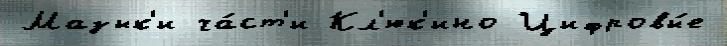
Мазык'и ча́ст'и Кл'юк'ино Цифровы́е